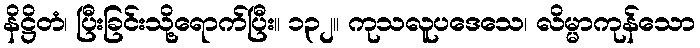
နိဋ္ဌိတံ၊ ပြီးခြင်းသို့ရောက်ပြီး။ ၁၃၂။ ကုသလူပဒေသေ၊ လိမ္မာကုန်သော